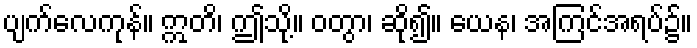
ပျက်လေကုန်။ ဣတိ၊ ဤသို့။ ဝတွာ၊ ဆို၍။ ယေန၊ အကြင်အရပ်၌။